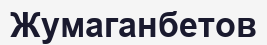
Жумаганбетов